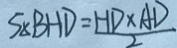
S _ { \Delta } B H D = \frac { H D \times A D } { 2 }